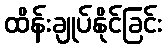
ထိန်းချုပ်နိုင်ခြင်း